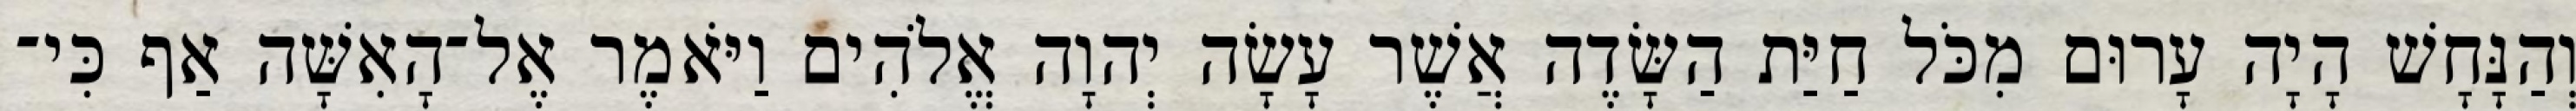
וְהַנָּחָשׁ הָיָה עָרוּם מִכֹּל חַיַּת הַשָּׂדֶה אֲשֶׁר עָשָׂה יְהוָה אֱלֹהִים וַיֹּאמֶר אֶל־הָאִשָּׁה אַף כִּי־